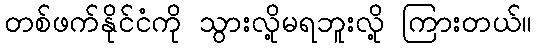
တစ်ဖက်နိုင်ငံကို သွားလို့မရဘူးလို့ ကြားတယ်။